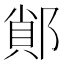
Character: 䣔